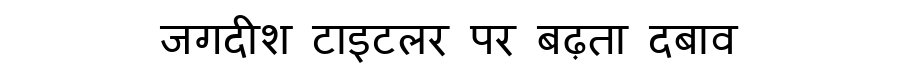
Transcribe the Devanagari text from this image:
जगदीश टाइटलर पर बढ़ता दबाव